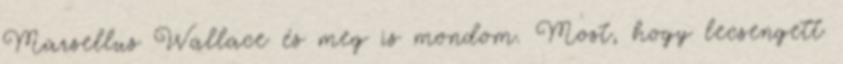
Marsellus Wallace és meg is mondom. Most, hogy lecsengett